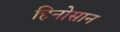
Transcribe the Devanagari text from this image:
हिनोसान